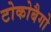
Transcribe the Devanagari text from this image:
टोकोबैगो